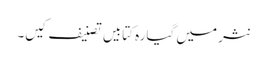
نثر میں گیارہ کتابیں تصنیف کیں۔